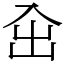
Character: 㒴